Annual report on the lock hospitals of the Madras Presidency
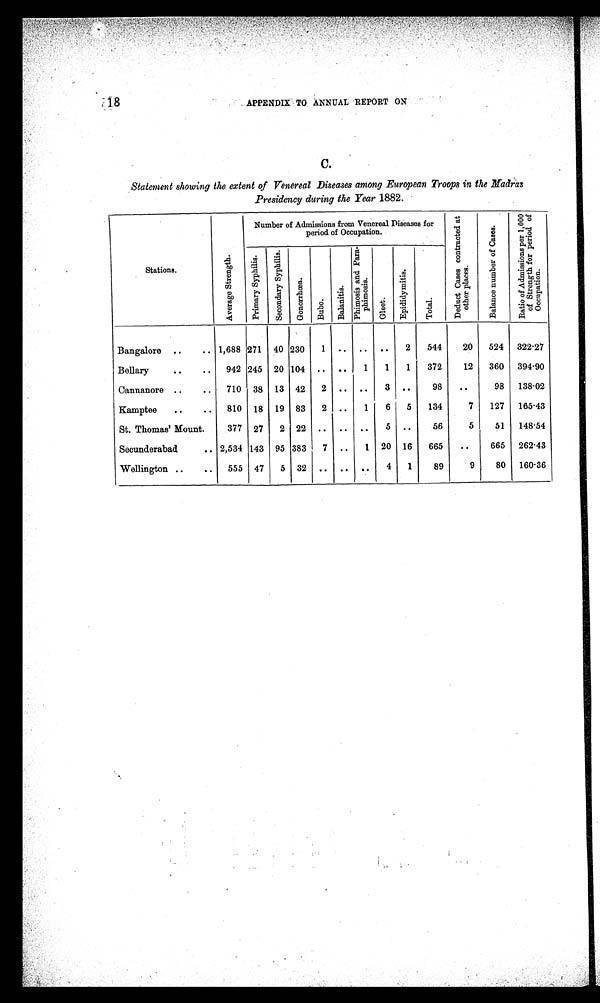
18
APPENDIX TO ANNUAL REPORT ON
C.
Statement showing the extent of Venereal Diseases among European Troops in the Madras
Presidency during the Year 1882.
Stations.
A v e r a g e S t r e n g t h .
Number of Admissions from Venereal Diseases for
period of Occupation.
D e d u c t C a s e s c o n t r a c t e d a t o t h e r p l a c e s .
B a l a n c e n u m b e r o f C a s e s .
R a t i o o f A d m i s s i o n s p e r 1 , 0 0 0 o f S t r e n g t h f o r p e r i o d o f O c c u p a t i o n .
P r i m a r y S y p h i l i s .
S e c o n d a r y S y p h i l i s .
G o n o r r h œ a .
Bubo.
B a l a n i t i s .
P h i m o s i s a n d P a r a - p h i m o s i s .
Gl e e t .
E p i d i d y m i t i s .
T o t a l .
Bangalore ..
.. 1,688 271 40 230
1 .. .. ..
2
544
20
524 322.27
Bellary
..
..
942 245 20 104 .. ..
1
1
1
372
12
360 394.90
Cannanore ..
..
710 38 13 42
2 ..
..
3 ..
98
..
98 138.02
Kamptee
..
..
810 18 19 83
2 ..
1
6
5
134
7
127 165.43
St. Thomas' Mount.
377 27
2 22 .. .. ..
5 ..
56
5
51 148.54
Secunderabad
.. 2,534 143 95 383
7 ..
1 20 16
665
..
665 262.43
Wellington ..
..
555 47
5 32 .. .. ..
4
1
89
9
80 160.36